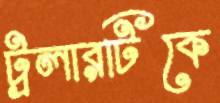
ট্রলারটিকে